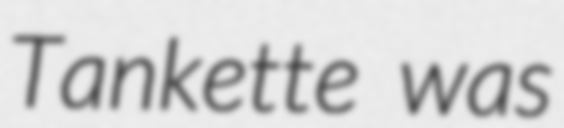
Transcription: Tankette was